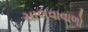
ચાલવાવાળો